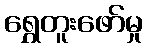
ရွှေတူးဖော်မှု